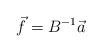
LaTeX: \begin{align*} \vec{f}=B^{-1}\vec{a}\end{align*}